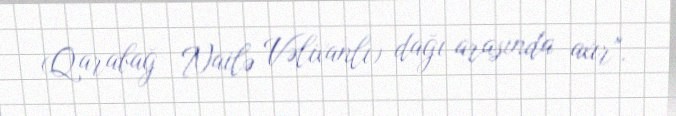
(Qarabağ – Nailə Vəlixanlı) dağı arasında axır".